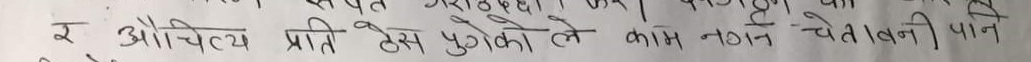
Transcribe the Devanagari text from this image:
र औचित्य प्रति ठेस पुगेको ले काम नगर्न चेतावनी पान